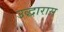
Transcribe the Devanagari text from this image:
उद्धारास